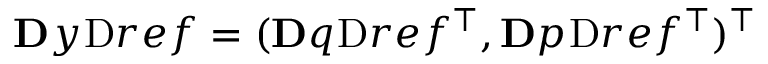
\ensuremath Ḋ \mathbf Ḋ y Ḍ Ḍ _ { Ḋ } \mathrm { Ḋ } r e f Ḍ Ḍ = ( \ensuremath Ḋ \mathbf Ḋ q Ḍ Ḍ _ { Ḋ } \mathrm { Ḋ } r e f Ḍ Ḍ ^ { \top } , \ensuremath Ḋ \mathbf Ḋ p Ḍ Ḍ _ { Ḋ } \mathrm { Ḋ } r e f Ḍ Ḍ ^ { \top } ) ^ { \top }